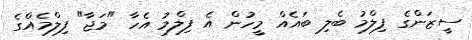
ސީޒަންގެ ފިލްމު ބެލި ބައެއް މީހުން އެ ފިލްމު އެހާ "މަޖާ" ފިލްމެއްގެ